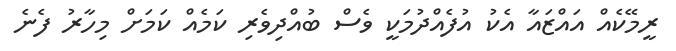
ރީމޭކެއް އައްޒައާ އެކު އުފެއްދުމަކީ ވެސް ބުއްދިވެރި ކަމެއް ކަމަށް މިހާރު ފެނެ